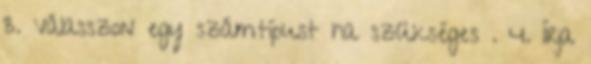
3. Válasszon egy számtípust ha szükséges . 4. Írja